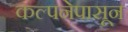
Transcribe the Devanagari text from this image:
कल्पनेपासून